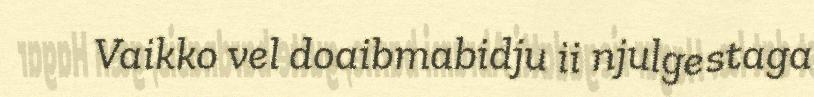
Vaikko vel doaibmabidju ii njulgestaga